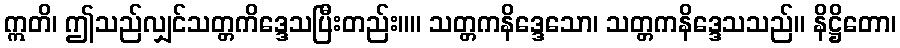
ဣတိ၊ ဤသည်လျှင်သတ္တကိဒ္ဒေသပြီးတည်း။။ သတ္တကနိဒ္ဒေသော၊ သတ္တကနိဒ္ဒေသသည်။ နိဋ္ဌိတော၊